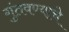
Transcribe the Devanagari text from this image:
गुंतवण्याचे